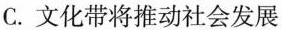
C.文化带将推动社会发展